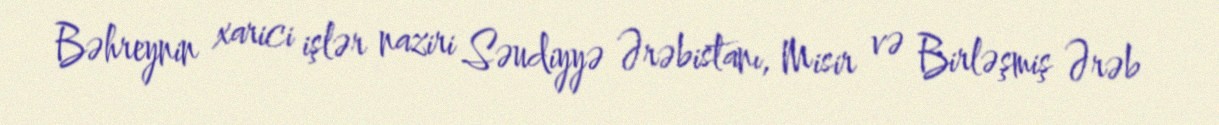
Bəhreynin xarici işlər naziri Səudiyyə Ərəbistanı, Misir və Birləşmiş Ərəb